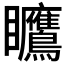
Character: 𪿅